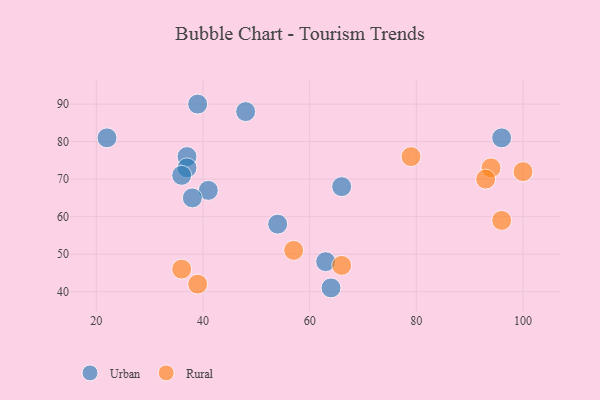
{"axis": {"x": "GDP", "y": "Life Expectancy"}, "legend": ["Rural", "Urban"], "data": [{"x": "39", "y": 90, "type": "Urban"}, {"x": "63", "y": 48, "type": "Urban"}, {"x": "37", "y": 76, "type": "Urban"}, {"x": "37", "y": 73, "type": "Urban"}, {"x": "41", "y": 67, "type": "Urban"}, {"x": "64", "y": 41, "type": "Urban"}, {"x": "48", "y": 88, "type": "Urban"}, {"x": "66", "y": 68, "type": "Urban"}, {"x": "36", "y": 71, "type": "Urban"}, {"x": "54", "y": 58, "type": "Urban"}, {"x": "96", "y": 81, "type": "Urban"}, {"x": "22", "y": 81, "type": "Urban"}, {"x": "38", "y": 65, "type": "Urban"}, {"x": "57", "y": 51, "type": "Rural"}, {"x": "94", "y": 73, "type": "Rural"}, {"x": "100", "y": 72, "type": "Rural"}, {"x": "79", "y": 76, "type": "Rural"}, {"x": "39", "y": 42, "type": "Rural"}, {"x": "93", "y": 70, "type": "Rural"}, {"x": "36", "y": 46, "type": "Rural"}, {"x": "66", "y": 47, "type": "Rural"}, {"x": "96", "y": 59, "type": "Rural"}]}